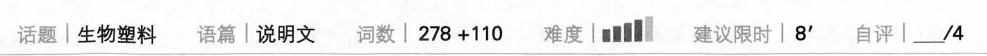
话题|生物塑料 语篇|说明文 词数|$$2 7 8 + 1 1 0$$ 难度| 建议限时|8` 自评|___/4